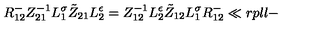
{ R } _ { 1 2 } ^ { - } Z _ { 2 1 } ^ { - 1 } L _ { 1 } ^ { \sigma } \tilde { Z } _ { 2 1 } L _ { 2 } ^ { \epsilon } = Z _ { 1 2 } ^ { - 1 } L _ { 2 } ^ { \epsilon } \tilde { Z } _ { 1 2 } L _ { 1 } ^ { \sigma } { R } _ { 1 2 } ^ { - } \ll { r p l l - }